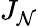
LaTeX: J_{\mathcal{N}}